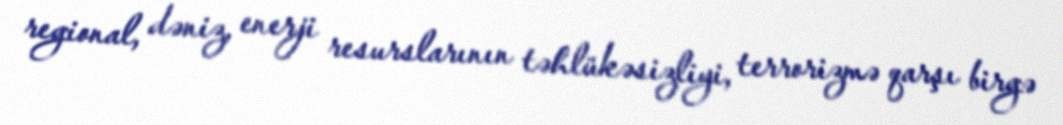
regional, dəniz, enerji resurslarının təhlükəsizliyi, terrorizmə qarşı birgə